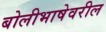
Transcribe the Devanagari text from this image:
बोलीभाषेवरील